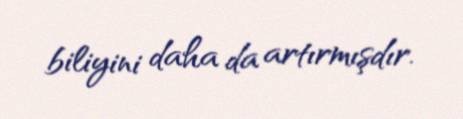
biliyini daha da artırmışdır.